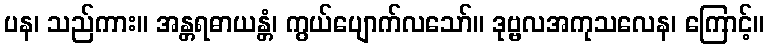
ပန၊ သည်ကား။ အန္တရဓာယန္တံ၊ ကွယ်ပျောက်လသော်။ ဒုဗ္ဗလအကုသလေန၊ ကြောင့်။